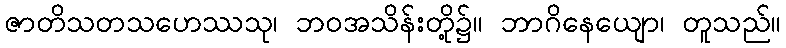
ဇာတိသတသဟေဿသု၊ ဘဝအသိန်းတို့၌။ ဘာဂိနေယျော၊ တူသည်။